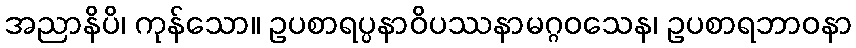
အညာနိပိ၊ ကုန်သော။ ဥပစာရပ္ပနာဝိပဿနာမဂ္ဂဝသေန၊ ဥပစာရဘာဝနာ